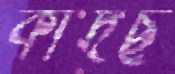
কাঁদছ